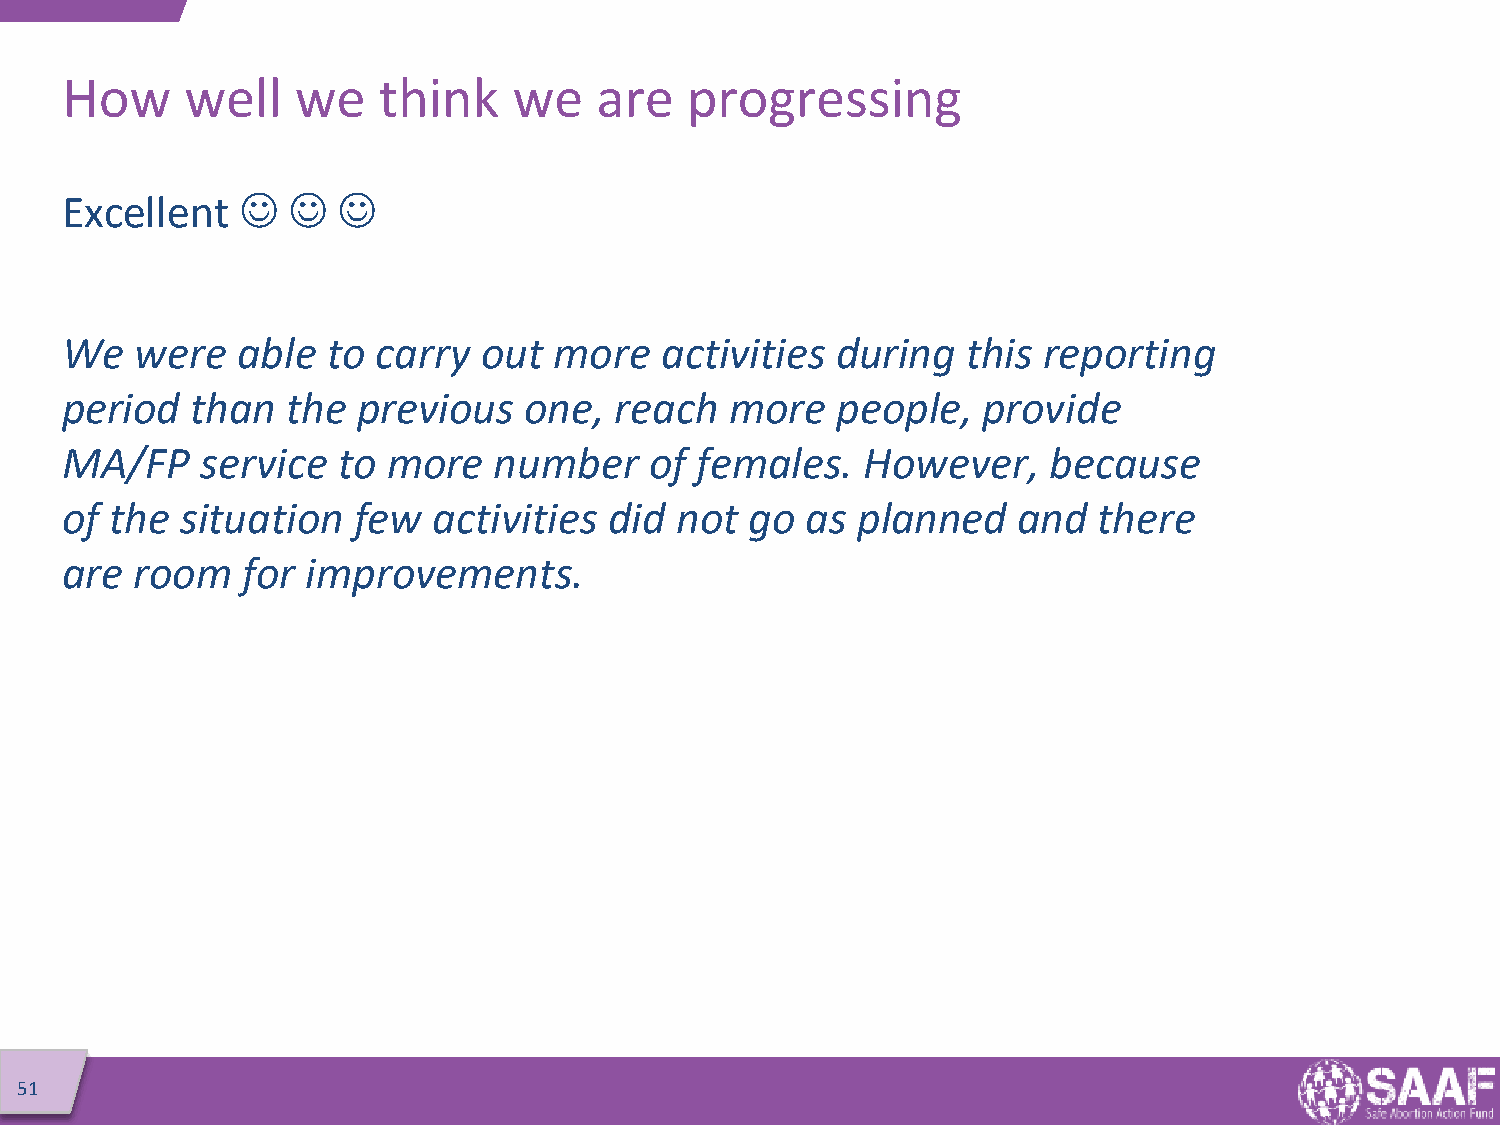
How     well    we   think    we   are   progressing
 Excellent       
 We   were   able  to carry  out  more   activities during   this reporting
 period   than  the  previous   one,  reach  more   people,   provide
 MA/FP    service  to  more   number    of females.   However,     because
 of the  situation  few   activities did  not  go as  planned   and   there
 are  room   for improvements.
 51